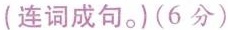
(连词成句.)(6分)